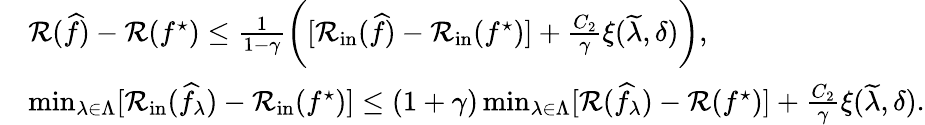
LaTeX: \begin{array}{rl}&{\mathcal{R}(\widehat{f})-\mathcal{R}(f^{\star})\leq\frac{1}{1-\gamma}\bigg([\mathcal{R}_{\mathrm{in}}(\widehat{f})-\mathcal{R}_{\mathrm{in}}(f^{\star})]+\frac{C_{2}}{\gamma}\xi(\widetilde{\lambda},\delta)\bigg),}\\ &{\operatorname*{min}_{\lambda\in\Lambda}[\mathcal{R}_{\mathrm{in}}(\widehat{f}_{\lambda})-\mathcal{R}_{\mathrm{in}}(f^{\star})]\leq(1+\gamma)\operatorname*{min}_{\lambda\in\Lambda}[\mathcal{R}(\widehat{f}_{\lambda})-\mathcal{R}(f^{\star})]+\frac{C_{2}}{\gamma}\xi(\widetilde{\lambda},\delta).}\end{array}